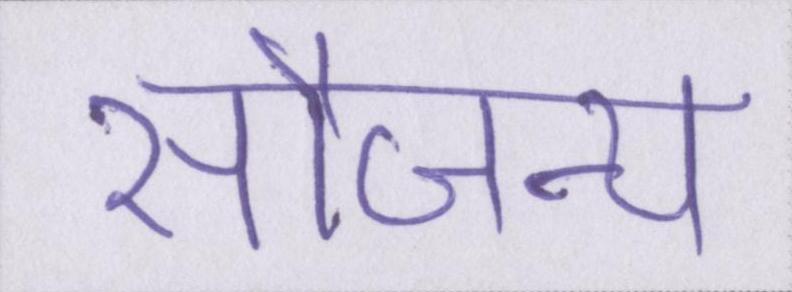
सौजन्य